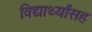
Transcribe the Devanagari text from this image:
विद्यार्थ्यांसह